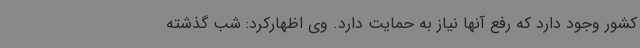
کشور وجود دارد که رفع آنها نیاز به حمایت دارد. وی اظهارکرد: شب گذشته